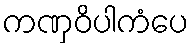
ကဏှဝိပါကံပေ